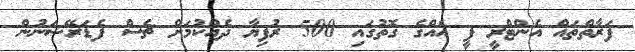
ފަރާތްތައް އެންޓްރީ ފީ އެއްގެ ގޮތުގައި 500 ރުފިޔާ ދެއްކުމަށް ޗެސް ފެޑަރޭޝަނުން